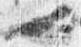
也